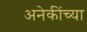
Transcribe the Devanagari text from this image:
अनेकींच्या